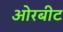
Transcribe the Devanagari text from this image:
ओरबीट